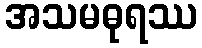
အသမဓုရဿ